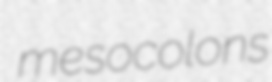
mesocolons